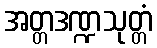
အတ္တဒဏ္ဍသုတ္တံ